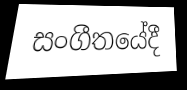
සංගීතයේදී